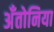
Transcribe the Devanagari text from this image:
अँतोनिया